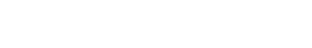
ပေါ်တူဂီတပ်များက မီးရှို့ ဖျက်ဆီးခဲ့သည်။